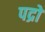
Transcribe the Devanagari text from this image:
पद्रों